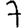
Digit: 7